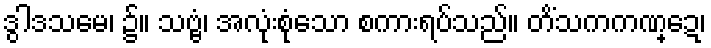
ဒွါဒသမေ၊ ၌။ သဗ္ဗံ၊ အလုံးစုံသော စကားရပ်သည်။ တိံသကကဏ္ဍေ၊